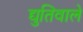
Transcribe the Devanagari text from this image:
द्युतिवाले